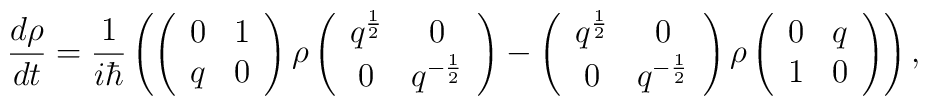
\frac {d \rho }{d t} = \frac {1}{i \hbar }\left(\left(\begin{array}{cc}0&1\\q&0\end{array}\right) \rho\left(\begin{array}{cc}q^{\frac {1}{2}}&0\\0&q^{-\frac{1}{2}}\end{array}\right) -\left(\begin{array}{cc}q^{\frac {1}{2}}&0\\0&q^{-\frac{1}{2}}\end{array}\right) \rho\left(\begin{array}{cc}0&q\\1&0\end{array}\right) \right),